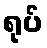
ရုပ်